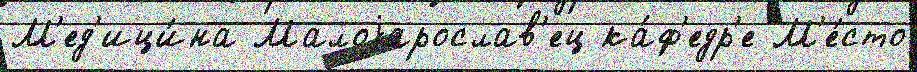
М'ед'ици́на Малоjарослав'ец ка́ф'едр'е М'е́сто